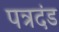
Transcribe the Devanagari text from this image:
पत्रदंड